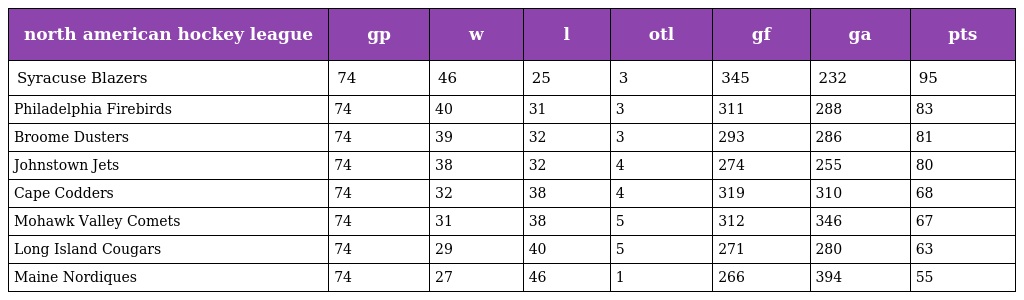
| north american hockey league | gp | w | l | otl | gf | ga | pts |
 | --- | --- | --- | --- | --- | --- | --- | --- |
 | Syracuse Blazers | 74 | 46 | 25 | 3 | 345 | 232 | 95 |
 | Philadelphia Firebirds | 74 | 40 | 31 | 3 | 311 | 288 | 83 |
 | Broome Dusters | 74 | 39 | 32 | 3 | 293 | 286 | 81 |
 | Johnstown Jets | 74 | 38 | 32 | 4 | 274 | 255 | 80 |
 | Cape Codders | 74 | 32 | 38 | 4 | 319 | 310 | 68 |
 | Mohawk Valley Comets | 74 | 31 | 38 | 5 | 312 | 346 | 67 |
 | Long Island Cougars | 74 | 29 | 40 | 5 | 271 | 280 | 63 |
 | Maine Nordiques | 74 | 27 | 46 | 1 | 266 | 394 | 55 |